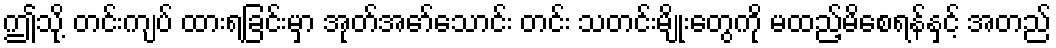
ဤသို့ တင်းကျပ် ထားရခြင်းမှာ အုတ်အော်သောင်း တင်း သတင်းမျိုးတွေကို မထည့်မိစေရန်နှင့် အတည်